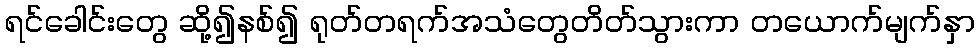
ရင်ခေါင်းတွေ ဆို့၍နစ်၍ ရုတ်တရက်အသံတွေတိတ်သွားကာ တယောက်မျက်နှာ